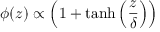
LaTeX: \phi ( z ) \propto \left( 1 + \operatorname { t a n h } \left( \frac { z } { \delta } \right) \right)